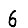
Digit: 6